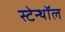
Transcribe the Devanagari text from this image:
स्टेन्थॉल